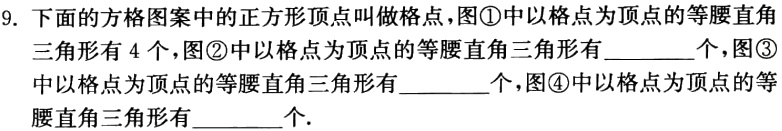
9. 下面的方格图案中的正方形顶点叫做格点，图\textcircled{1}中以格点为顶点的等腰直角三角形有 4 个，图\textcircled{2}中以格点为顶点的等腰直角三角形有________个，图\textcircled{3}中以格点为顶点的等腰直角三角形有________个，图\textcircled{4}中以格点为顶点的等腰直角三角形有_______个.